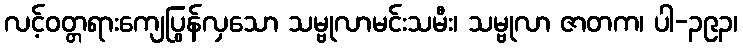
လင့်ဝတ္တရားကျေပြွန်လှသော သမ္ဗုလာမင်းသမီး၊ သမ္ဗုလာ ဇာတက၊ ပါ-၃၉၃၊